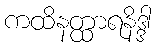
ကထိနတ္ထာရနိဒ္ဒါ